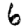
Digit: 6